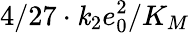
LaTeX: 4/27\cdot\mathit{k}_{2}e_{0}^{2}/K_{M}